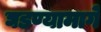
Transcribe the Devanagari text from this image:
घडण्यामागे